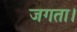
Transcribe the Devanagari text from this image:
जगता।